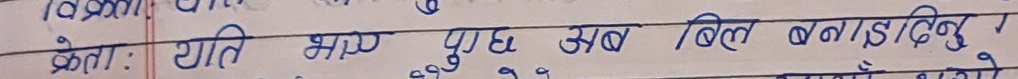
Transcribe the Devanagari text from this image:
क्रेता : याति भाउ पुछ अब बिल बनाइदिनु ।